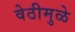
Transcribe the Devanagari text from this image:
वेठीमुळे